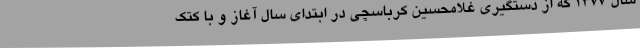
سال 1377 که از دستگیری غلامحسین کرباسچی در ابتدای سال آغاز و با کتک